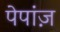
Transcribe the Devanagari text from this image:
पेपांज़